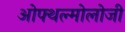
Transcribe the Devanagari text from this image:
ओफ्थल्मोलोजी